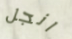
انجل